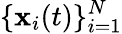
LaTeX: \lbrace\mathbf{x}_{i}(t)\rbrace_{i=1}^{N}